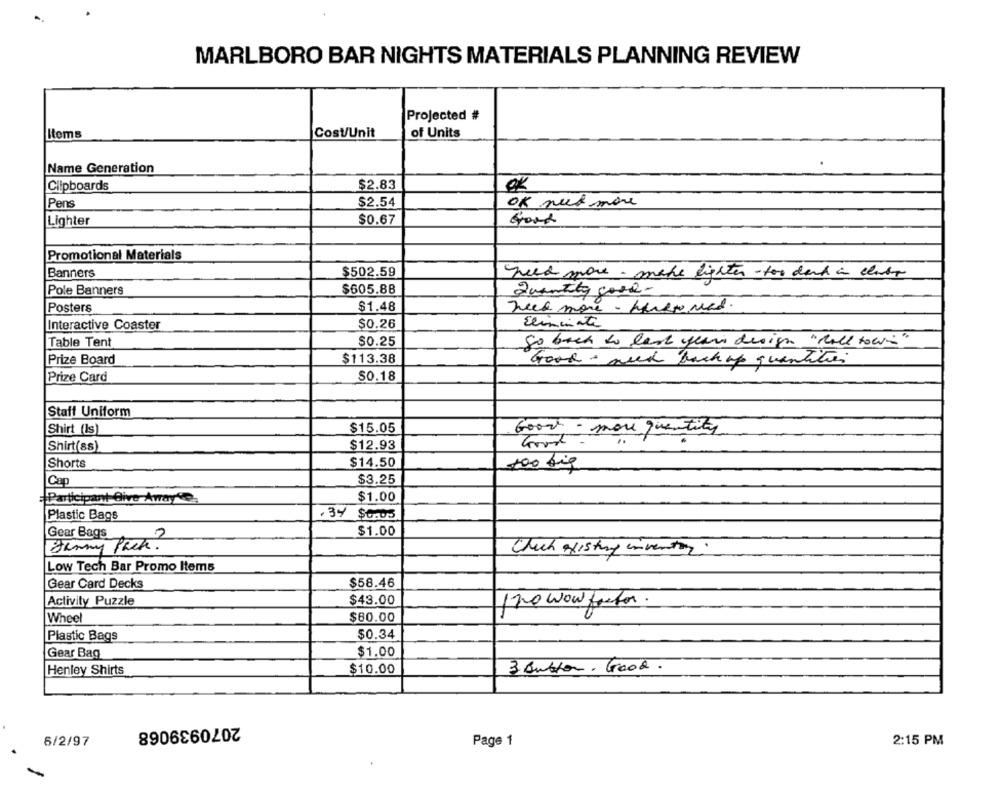
MARLBORO BAR NIGHTS MATERIALS PLANNING REVIEW
Projected #
Itoms
Cost/Unit
of Units
Name Generation
Clipboards
$2.83
OK
Pens
$2.54
OK put more
Lighter
$0.67
Good
Promotional Materials
Banners
$502.59
qued more - mere lighter -too dark in class
Pole Banners
$605.88
Quantity good-
Posters
$1.48
need more - pareremed.
$0.26
Eliminate
Interactive Coaster
Table Tent
$0.25
go back to last years design "Roll tow"
Prize Board
$113.38
Good - need back up quantities
Prize Card
50.18
Staff Uniform
Shirt (Is)
$15.05
Good - more quantity
Shirt(ss)
$12.93
Shorts
$14.50
100 big
Cap
$3.25
{Participant Give Away"
$1.00
Plastic Bags
.34 $0.05
$1.00
Gear Bags
Jenny Pack.
Chuch existing inventor
Low Tech Bar Promo Items
Gear Card Decks
$58.46
Activity Puzzle
$43.00
120 wow factor.
Wheel
$60.00
Plastic Bags
$0.34
Gear Bag
$1.00
Henley Shirts
$10.00
3 Button. Good.
2070939068
6/2/97
Page 1
2:15 PM